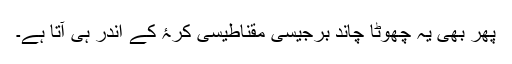
پھر بھی یہ چھوٹا چاند برجیسی مقناطیسی کرۂ کے اندر ہی آتا ہے۔